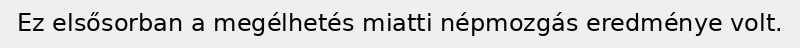
Ez elsősorban a megélhetés miatti népmozgás eredménye volt.